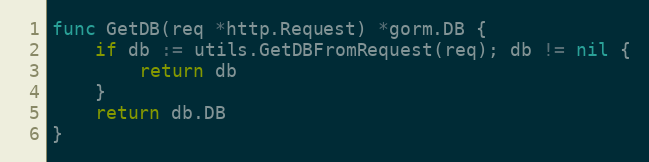
Language: Go
func GetDB(req *http.Request) *gorm.DB {
	if db := utils.GetDBFromRequest(req); db != nil {
		return db
	}
	return db.DB
}